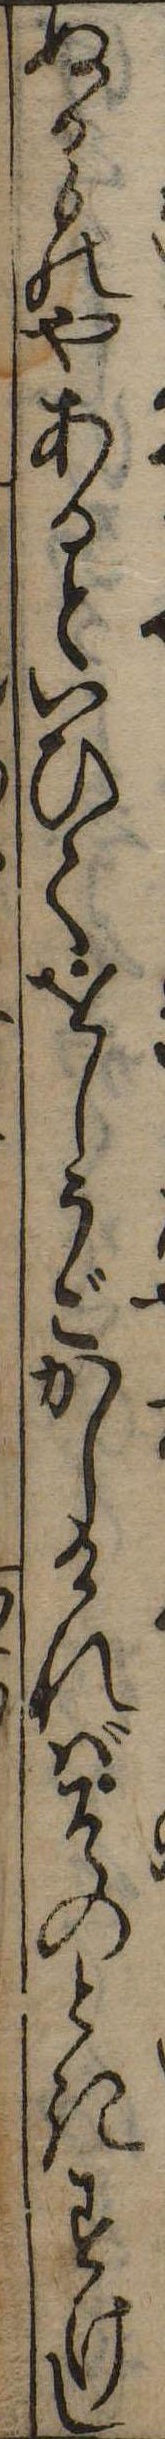
ぬるものやあるといひてをしうごかしければそのときすけし